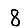
Digit: 8